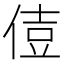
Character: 𠊪